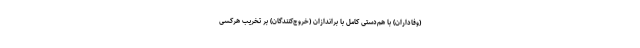
(وفاداران) با هم‌دستی کامل با براندازان (خروج‌کنندگان) بر تخریب هرکسی